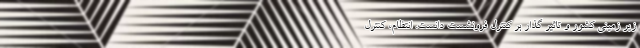
زیر زمینی کشور و تاثیر گذار بر کنترل فرونشست دانست. انتظام، کنترل